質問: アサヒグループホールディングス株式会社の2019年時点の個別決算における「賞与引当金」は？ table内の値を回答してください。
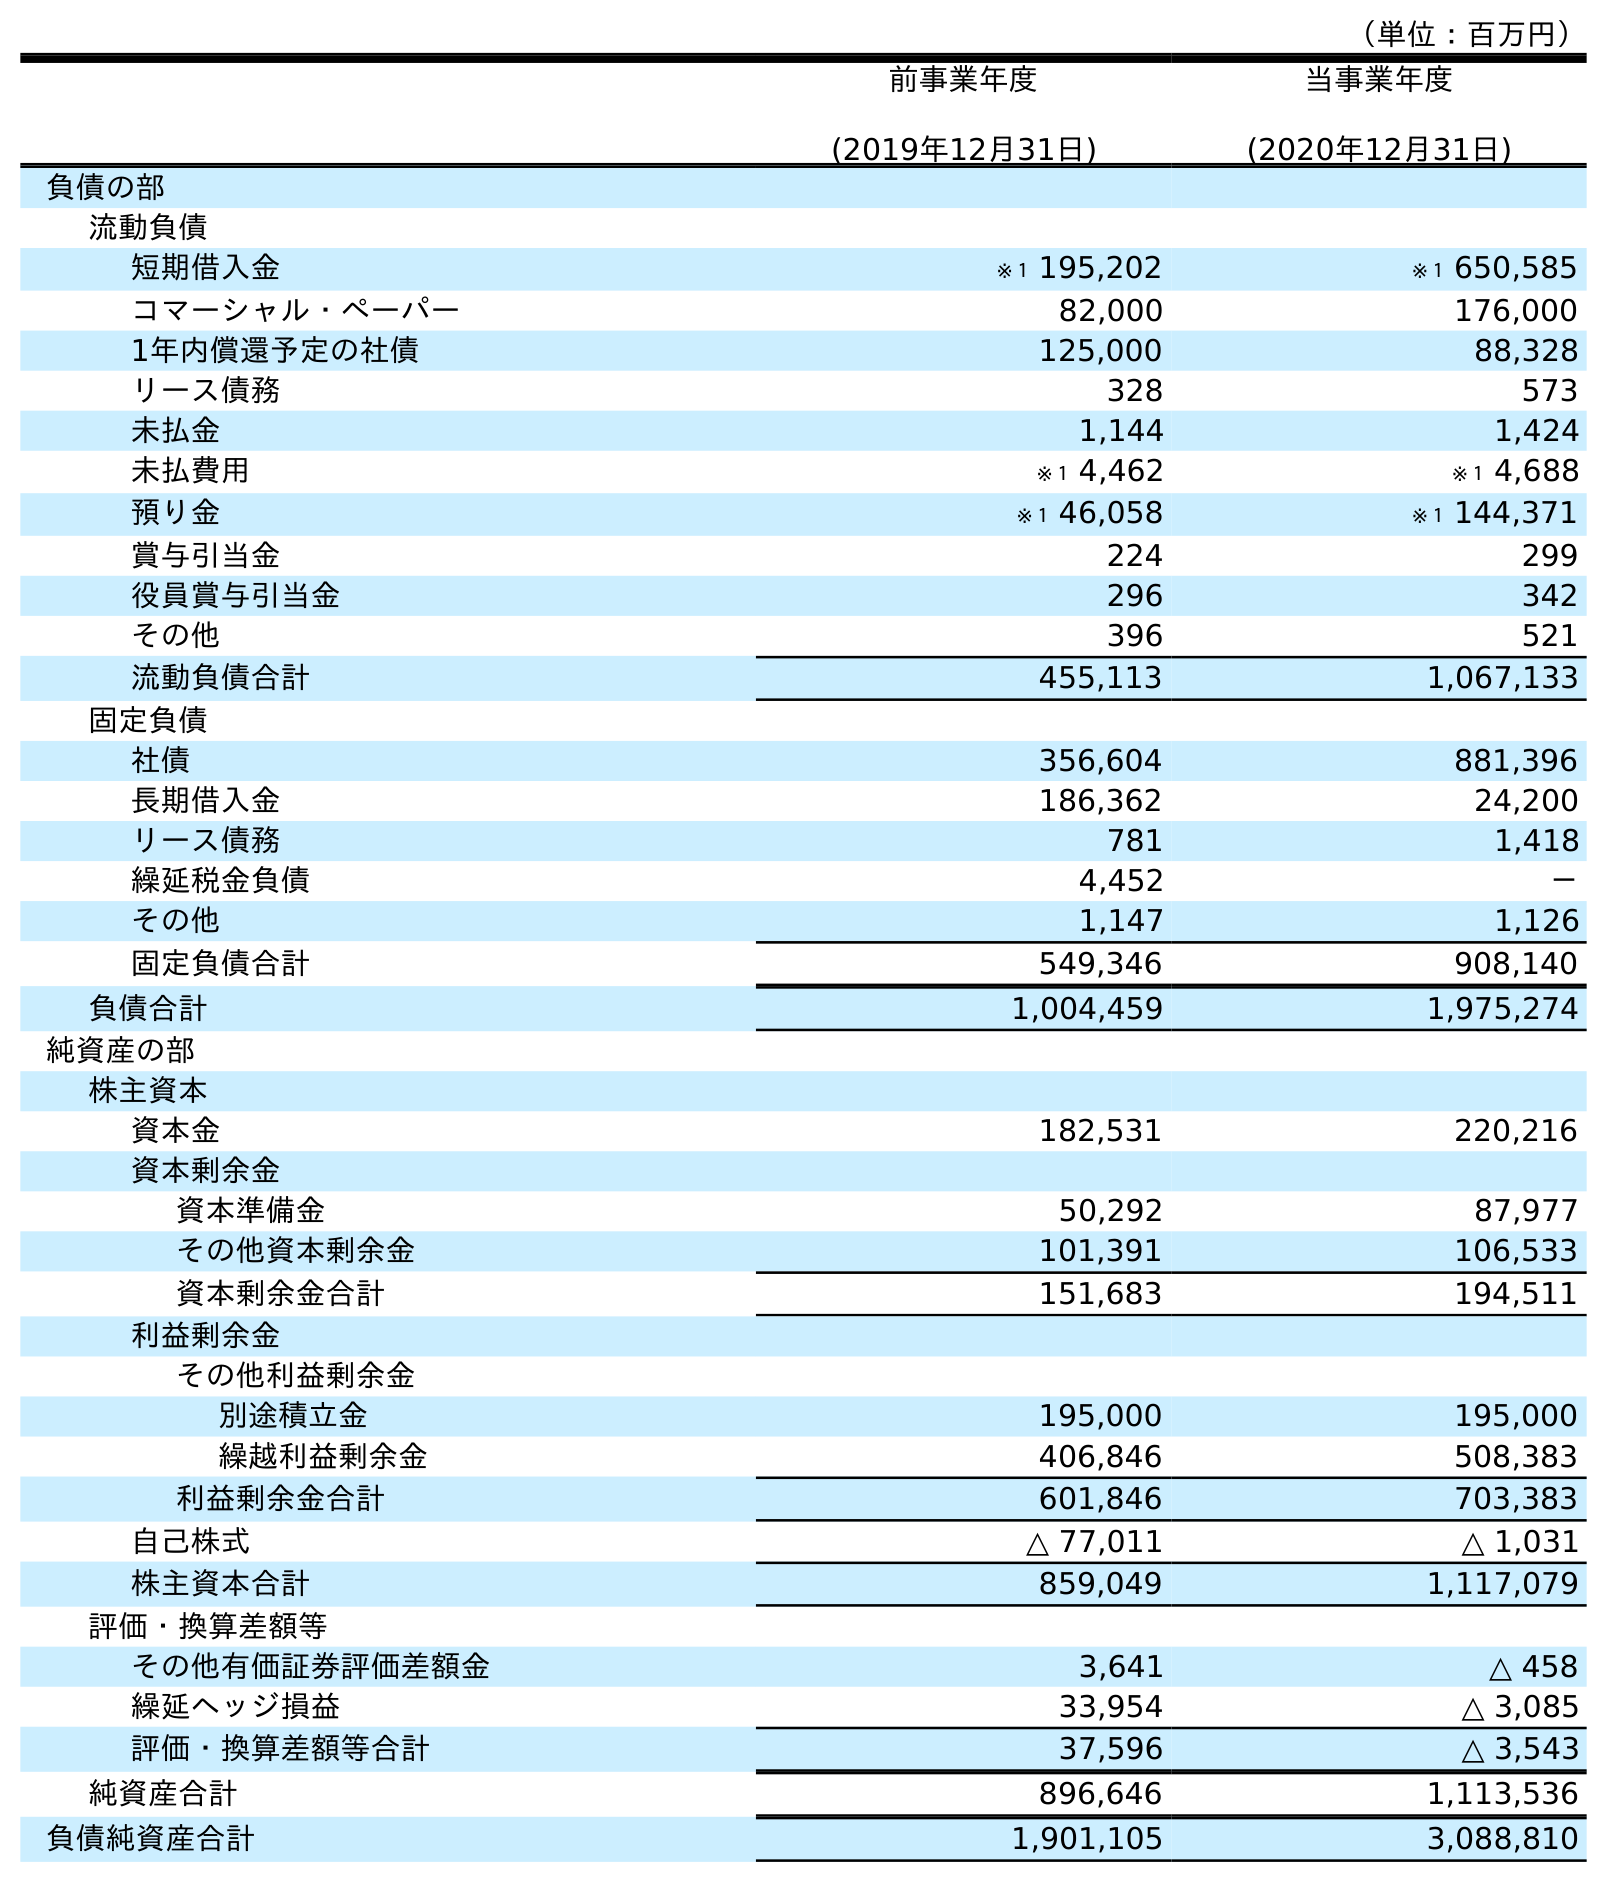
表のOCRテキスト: （単位：百万円） 前事業年度 (2019年12月31日) 当事業年度 (2020年12月31日) 負債の部 流動負債 短期借入金 ※１ 195,202 ※１ 650,585 コマーシャル・ペーパー 82,000 176,000 1年内償還予定の社債 125,000 88,328 リース債務 328 573 未払金 1,144 1,424 未払費用 ※１ 4,462 ※１ 4,688 預り金 ※１ 46,058 ※１ 144,371 賞与引当金 224 299 役員賞与引当金 296 342 その他 396 521 流動負債合計 455,113 1,067,133 固定負債 社債 356,604 881,396 長期借入金 186,362 24,200 リース債務 781 1,418 繰延税金負債 4,452 － その他 1,147 1,126 固定負債合計 549,346 908,140 負債合計 1,004,459 1,975,274 純資産の部 株主資本 資本金 182,531 220,216 資本剰余金 資本準備金 50,292 87,977 その他資本剰余金 101,391 106,533 資本剰余金合計 151,683 194,511 利益剰余金 その他利益剰余金 別途積立金 195,000 195,000 繰越利益剰余金 406,846 508,383 利益剰余金合計 601,846 703,383 自己株式 △ 77,011 △ 1,031 株主資本合計 859,049 1,117,079 評価・換算差額等 その他有価証券評価差額金 3,641 △ 458 繰延ヘッジ損益 33,954 △ 3,085 評価・換算差額等合計 37,596 △ 3,543 純資産合計 896,646 1,113,536 負債純資産合計 1,901,105 3,088,810
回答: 224